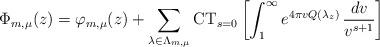
LaTeX: \begin{align*}\Phi_{ m ,\mu}(z) = \varphi_{m,\mu}(z) + \sum_{ \lambda\in \Lambda_{m,\mu} } \mathrm{CT}_{s=0}\left[\int_1^\infty e^{4\pi v Q(\lambda_z) } \, \frac{dv}{v^{s+1}}\right]\end{align*}